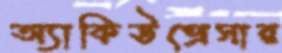
অ্যাকিউপ্রেসার